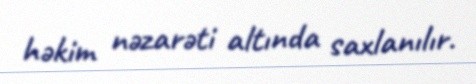
həkim nəzarəti altında saxlanılır.